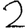
Digit: 2